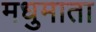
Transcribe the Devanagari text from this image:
मधुमाता